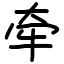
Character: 牵